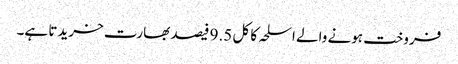
فروخت ہونے والے اسلحہ کا کل 9.5 فیصد بھارت خریدتا ہے۔